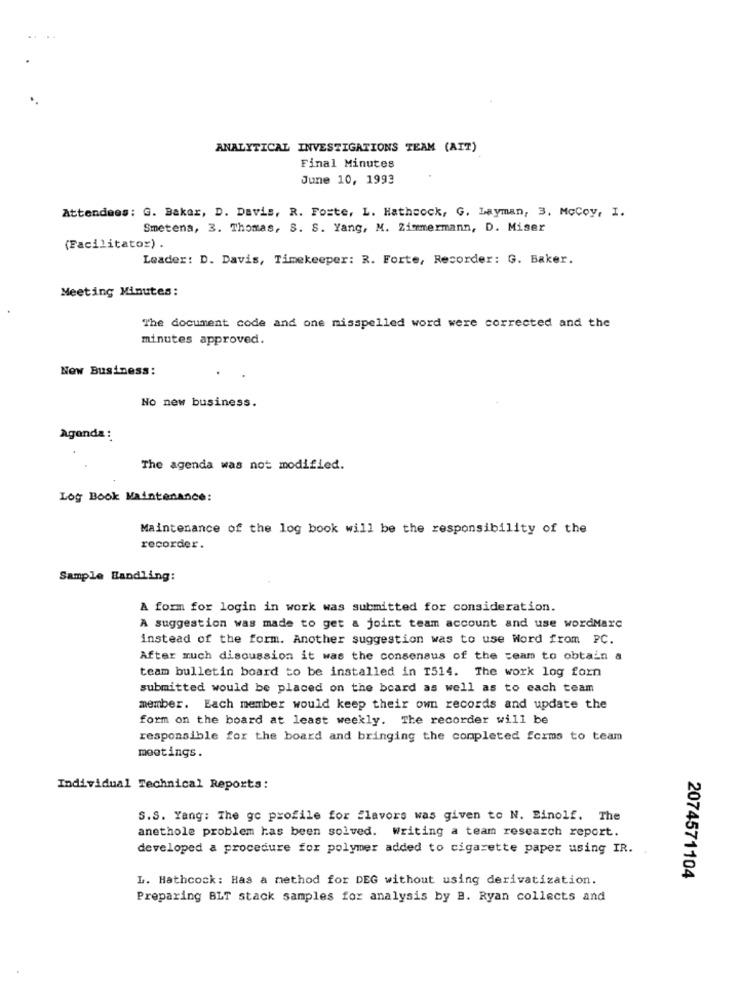
ANALYTICAL INVESTIGATIONS TEAM (AIT)
Final Minutes
June 10, 1993
Attendees: G. Baker, D. Davis, R. Foste, L. Hathcock, G. Layman, 3. McCoy, I.
Smetena, 3. Thomas, S. S. Yang, M. Zimmermann, D. Miser
(Facilitator) .
Leader: D. Davis, Timekeeper: R. Forte, Recorder: G. Baker.
Meeting Minutes:
The document code and one misspelled word were corrected and the
minutes approved.
Now Business:
No new business.
Agenda :
The agenda was not modified.
Log Book Maintenance:
Maintenance of the log book will be the responsibility of the
recorder.
Sample Handling:
A form for login in work was submitted for consideration.
A suggestion was made to get a joint team account and use wordMarc
instead of the form. Another suggestion was to use Word from PC.
After much discussion it was the consensus of the team to obtain a
team bulletin board to be installed in 1514. The work log forn
submitted would be placed on the board as well as to each team
member. Each member would keep their own records and update the
form on the board at least weekly. The recorder will be
responsible for the board and bringing the completed fcims to team
meetings.
Individual Technical Reports:
S.S. Yang: The ge profile for flavors was given to N. Einolf. The
anethole problem has been solved. Writing a team research report.
developed a procedure for polymer added to cigarette paper using IR.
L. Hathcock: Has a method for DEG without using derivatization.
2074571104
Preparing BLT stack samples for analysis by B. Ryan collects and